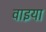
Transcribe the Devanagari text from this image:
वाइया